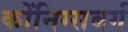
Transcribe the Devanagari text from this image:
कोंनिग्सबर्ग